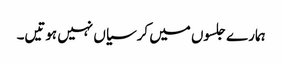
ہمارے جلسوں میں کرسیاں نہیں ہوتیں۔